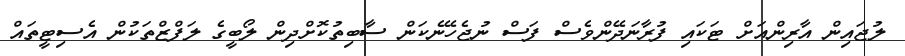
ލުޖައިން އާރިންއަށް ޓަކައި ފުރާނަދޭންވެސް ފަސް ނުޖެހޭނެކަން ސާބިތުކޮށްދިން ލޯބީގެ ލަފްޒްތަކުން އެސިޓީތައް